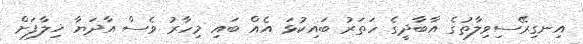
އިނގިރޭސިވިލާތުގެ އާބާދީގެ ހަތަރު ބައިކުޅަ އެއް ބައި މިހާރު ވެސް އާދަޔާ ޚިލާފަށް